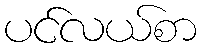
ပင်လယ်စာ